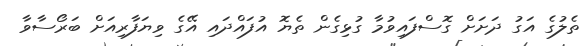
ތެލުގެ އަގު ދަށަށް ގޮސްފައިވުމާ ގުޅިގެން ތެޔޮ އުފައްދައި އޭގެ ވިޔަފާރިއަށް ބަރޯސާވާ